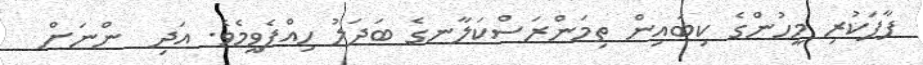
ފާފަކުރި މީހުންގެ ކިބައިން ތިމަންރަސްކަލާނގެ ބަދަލު ހިއްޕެވީމެވެ. އަދި  ންނަށް